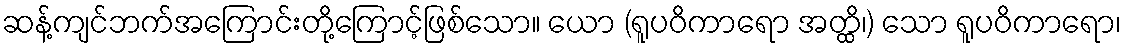
ဆန့်ကျင်ဘက်အကြောင်းတို့ကြောင့်ဖြစ်သော။ ယော (ရူပဝိကာရော အတ္ထိ၊) သော ရူပဝိကာရော၊